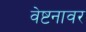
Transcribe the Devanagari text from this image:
वेष्टनावर